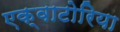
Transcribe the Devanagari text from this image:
एक्वाटोरिया